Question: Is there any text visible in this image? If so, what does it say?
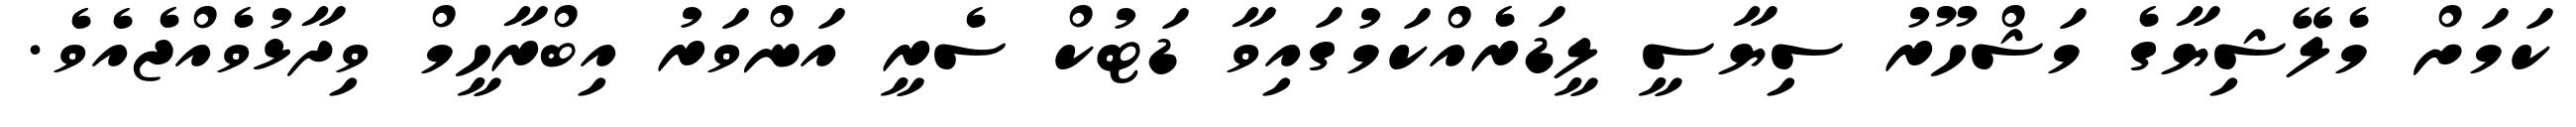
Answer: ކަމަށް މެލޭޝިޔާގެ މަޝްހޫރު ސިޔާސީ ލީޑަރެއްކަމުގައިވާ ޑަޓުކް ސެރީ އަންވަރު އިބްރާހީމް ވިދާޅުވެއްޖެއެވެ.